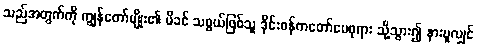
သည်အတွက်ကို ကျွန်တော်မျိုး၏ မိခင် သဖွယ်ဖြစ်သူ ဒိုင်းဝန်ကတော်မေဖုရား သို့သွား၍ နားပူလျှင်